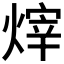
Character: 𪹞